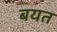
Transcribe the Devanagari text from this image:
बयत